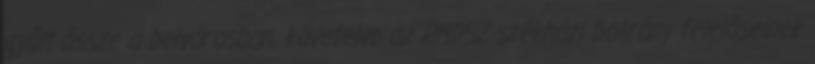
gyűlt össze a belvárosban, követelve az RMDSZ-székházi botrány felelőseinek